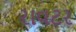
રાવટર